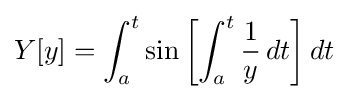
Y[y]=\int _{a}^{t}\sin \left[\int _{a}^{t}{\frac {1}{y}}\,dt\right]dt